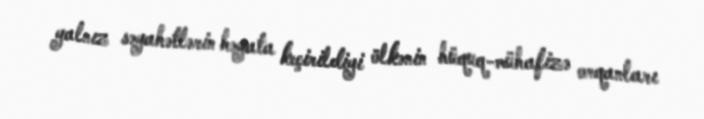
yalnız səyahətlərin həyata keçirildiyi ölkənin hüquq-mühafizə orqanları